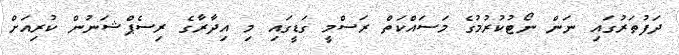
ދަފުތަރުގައި ނަން ނޯޓުކުރުމުގެ މަސައްކަތް ރަސްމީ ގަޑީގައި މި އިދާރާގެ ރިސެޕްޝަނުން ކުރިއަށް